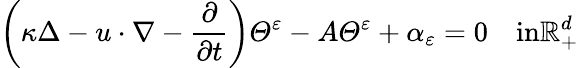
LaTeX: \left(\kappa\Delta-u\cdot\nabla-\frac{\partial}{\partial t}\right)\varTheta^{\varepsilon}-A\varTheta^{\varepsilon}+\alpha_{\varepsilon}=0\quad\textrm{in}\mathbb{R}_{+}^{d}